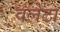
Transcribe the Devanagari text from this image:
वलेटा